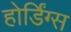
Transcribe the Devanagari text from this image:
होर्डिंग्स